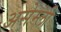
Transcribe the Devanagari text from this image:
असेम्ली